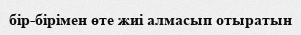
бір-бірімен өте жиі алмасып отыратын